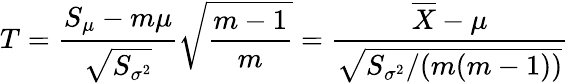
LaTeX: T={\frac{S_{\mu}-m\mu}{\sqrt{S_{\sigma^{2}}}}}{\sqrt{\frac{m-1}{m}}}={\frac{{\overline{{X}}}-\mu}{\sqrt{S_{\sigma^{2}}/(m(m-1))}}}